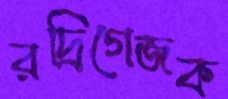
রদ্রিগেজক